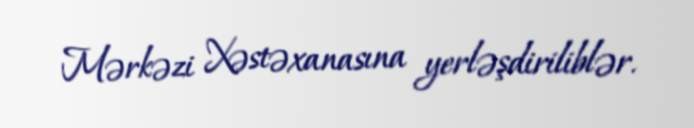
Mərkəzi Xəstəxanasına yerləşdiriliblər.